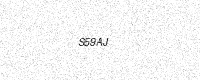
Text: S59AJ